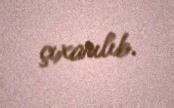
çıxarılıb.